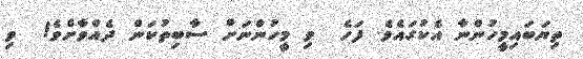
ތިޔަބައިމީހުންނާ އެކުގައެވެ. ފަހެ  ވި މީހުންނަށް ސާބިތުކަން ދެއްވާށެވެ!  ވި